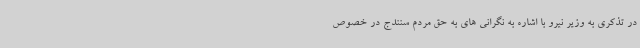
در تذکری به وزیر نیرو با اشاره به نگرانی های به حق مردم سنندج در خصوص